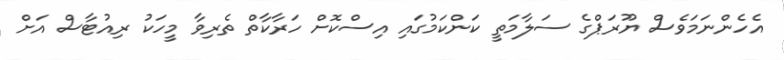
އެހެންނަމަވެސް ޔޫރަޕްގެ ސަލާމަތީ ކަންކަމުގައި އިސްކޮށް ހަރާކާތް ތެރިވާ މީހަކު ރިއުޓާސް އަށް